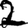
Digit: 2